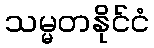
သမ္မတနိုင်ငံ